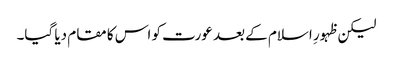
لیکن ظہورِ اسلام کے بعد عورت کو اس کا مقام دیا گیا۔